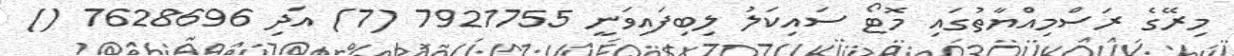
މިރޭގެ ރަސްމިއްޔާތުގައި މޮޓޯ ސައިކަލު ލިބިފައިވަނީ 7921755 (7) އަދި 7628696 ()